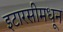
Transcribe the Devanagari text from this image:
इटारसीमधून